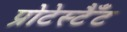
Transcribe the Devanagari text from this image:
प्रोटेस्टैँट